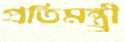
প্রতিমন্ত্র্রী